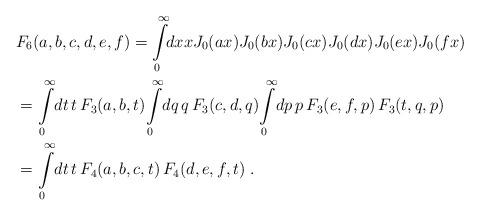
LaTeX: \begin{align*}&F_6(a,b,c,d,e,f) = \int\limits_0^{\infty} \!\! dx x J_0(ax) J_0(bx)J_0(cx) J_0(dx) J_0(ex) J_0(fx) \\&= \int\limits_0^{\infty} \!dt \,t \,F_3(a,b,t)\!\int\limits_0^{\infty} \!dq \,q \,F_3(c,d,q)\!\int\limits_0^{\infty} \!dp \,p \,F_3(e,f,p) \,F_3(t,q,p) \\&= \int\limits_0^{\infty} \!dt \,t \,F_4(a,b,c,t) \,F_4(d,e,f,t) \;.\end{align*}